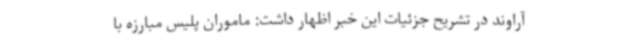
آراوند در تشریح جزئیات این خبر اظهار داشت: ماموران پلیس مبارزه با